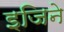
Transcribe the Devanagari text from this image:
इजिने